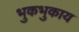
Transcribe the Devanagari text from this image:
भुकभुकाय